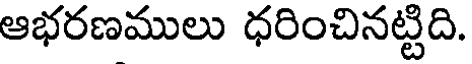
ఆభరణములు ధరించినట్టిది.